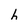
Character: h